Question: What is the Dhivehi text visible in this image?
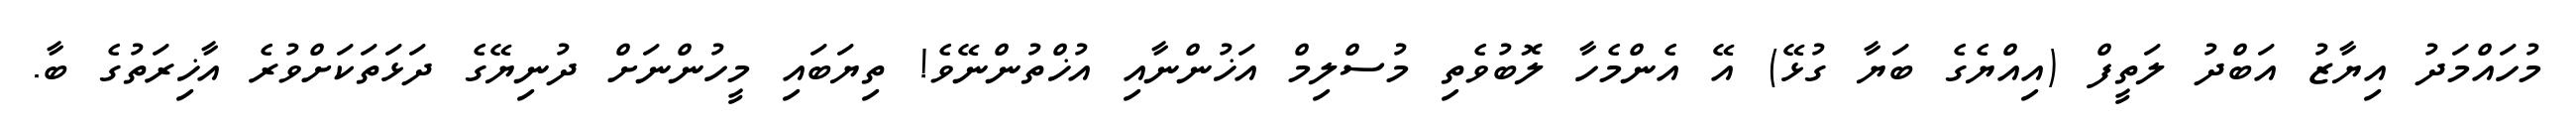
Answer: މުހައްމަދު އިޔާޒު އަބްދު ލަތީފް (އިއްޔެގެ ބަޔާ ގުޅޭ) އޭ އެންމެހާ ލޮބުވެތި މުސްލިމް އަޚުންނާއި އުޚްތުންނޭވެ! ތިޔަބައި މީހުންނަށް ދުނިޔޭގެ ދަޅަތަކަށްވުރެ އާޚިރަތުގެ ބާ.